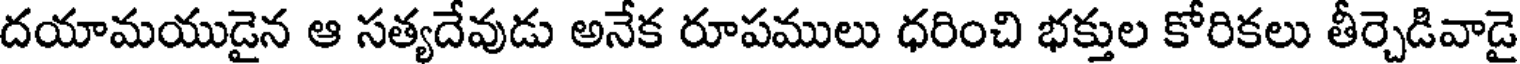
దయామయుడైన ఆ సత్యదేవుడు అనేక రూపములు ధరించి భక్తుల కోరికలు తీర్చెడివాడై